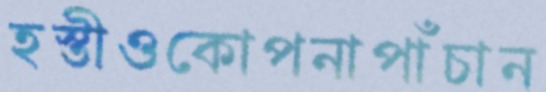
হস্তীওকোপনাপাঁচান